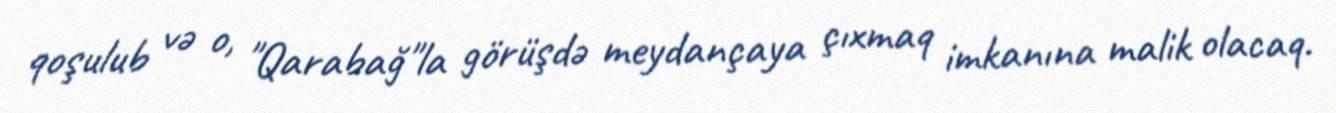
qoşulub və o, "Qarabağ"la görüşdə meydançaya çıxmaq imkanına malik olacaq.